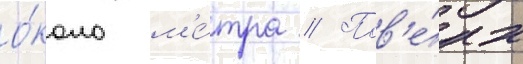
о́коло м'е́тра // Пов'е́рх